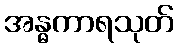
အန္ဓကာရသုတ်